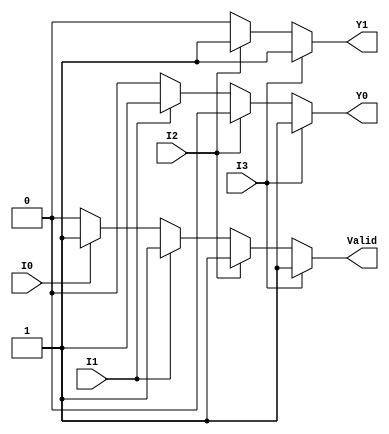
module priority_encoder_4to2 (
    input wire I0,  // Input 0 (Lowest priority)
    input wire I1,  // Input 1 (Second priority)
    input wire I2,  // Input 2 (Third priority)
    input wire I3,  // Input 3 (Highest priority)
    output reg Y1,  // Output bit 1
    output reg Y0,  // Output bit 0
    output reg Valid // Valid output
);

always @(*) begin
    // Default outputs
    Y1 = 1'b0;
    Y0 = 1'b0;
    Valid = 1'b0;

    // Check inputs in priority order
    if (I3) begin
        Y1 = 1'b1;
        Y0 = 1'b1;
        Valid = 1'b1;
    end else if (I2) begin
        Y1 = 1'b1;
        Y0 = 1'b0;
        Valid = 1'b1;
    end else if (I1) begin
        Y1 = 1'b0;
        Y0 = 1'b1;
        Valid = 1'b1;
    end else if (I0) begin
        Y1 = 1'b0;
        Y0 = 1'b0;
        Valid = 1'b1;
    end else begin
        // If no inputs are active, Valid remains 0
        Valid = 1'b0;
    end
end

endmodule